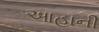
આહાની